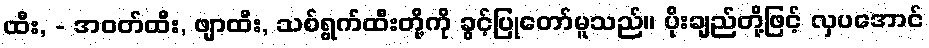
ထီး, - အဝတ်ထီး, ဖျာထီး, သစ်ရွက်ထီးတို့ကို ခွင့်ပြုတော်မူသည်။ ပိုးချည်တို့ဖြင့် လှပအောင်